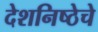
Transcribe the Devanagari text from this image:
देशनिष्ठेचे